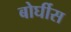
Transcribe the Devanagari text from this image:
बोर्घीस